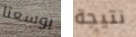
بوسعنا نتيجة